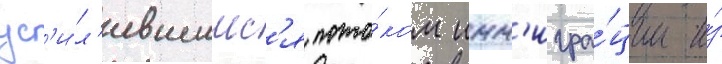
ус'и́л'ившимс'я пото́ком имм'игра́ции и́з